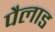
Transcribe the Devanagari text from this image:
पैलाड